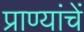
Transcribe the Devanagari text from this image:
प्राण्यांचें